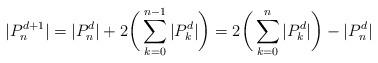
LaTeX: \begin{align*}|P_n^{d+1}| = |P_n^d| + 2\bigg(\sum_{k=0}^{n-1} |P_k^d| \bigg) = 2\bigg(\sum_{k=0}^n |P_k^d|\bigg) - |P_n^d|\end{align*}